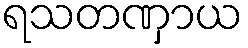
ရသတဏှာယ